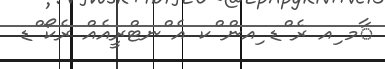
ާމ ިއ ރެ ްޑ ިއން ްކ އެ ްނޓްރީއެއް ރެކޯ ްޑ